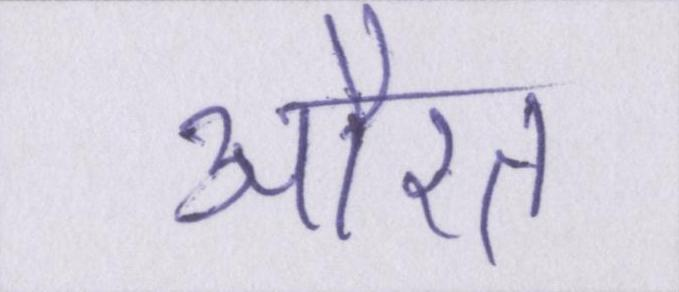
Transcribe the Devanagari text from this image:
औरत